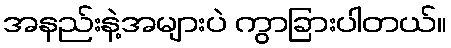
အနည်းနဲ့အများပဲ ကွာခြားပါတယ်။